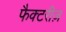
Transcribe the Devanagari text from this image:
फैक्टरीज़